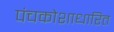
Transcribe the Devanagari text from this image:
पंचकोशाधारित